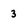
Character: 3